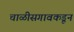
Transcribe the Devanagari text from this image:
चाळीसगावकडून